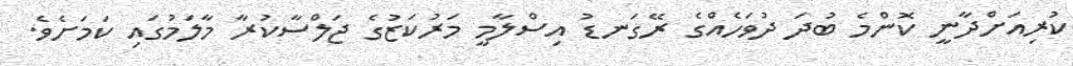
ކުރިއަށްދާނީ ކޮންމެ ބުދަ ދުވަހެއްގެ ރޭގަނޑު އިސްލާމީ މަރުކަޒުގެ ޖަލްސާކުރާ މާލަމުގައި ކަމަށެވެ.